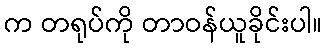
က တရုပ်ကို တာဝန်ယူခိုင်းပါ။